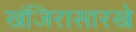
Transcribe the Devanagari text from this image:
खंजिरासारखे